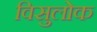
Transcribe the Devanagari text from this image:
विसुलोक